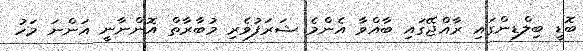
ބޮޑީ ބިލްޑިންގައި ރާއްޖޭގައި ބާއްވާ އެންމެ ޝަރަފުވެރި މުބާރާތް އޮންނާނީ އަންނަ މަހު